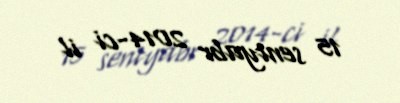
15 sentyabr 2014-ci il